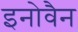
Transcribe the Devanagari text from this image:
इनोवैन